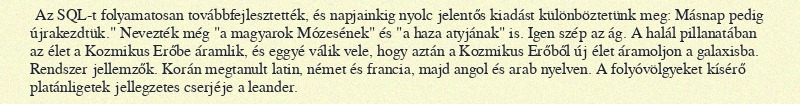
Az SQL-t folyamatosan továbbfejlesztették, és napjainkig nyolc jelentős kiadást különböztetünk meg: Másnap pedig újrakezdtük." Nevezték még "a magyarok Mózesének" és "a haza atyjának" is. Igen szép az ág. A halál pillanatában az élet a Kozmikus Erőbe áramlik, és eggyé válik vele, hogy aztán a Kozmikus Erőből új élet áramoljon a galaxisba. Rendszer jellemzők. Korán megtanult latin, német és francia, majd angol és arab nyelven. A folyóvölgyeket kísérő platánligetek jellegzetes cserjéje a leander.